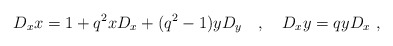
\begin{align*}D_x x=1+q^2 xD_x+(q^2-1) yD_y \quad ,\quad D_x y=qyD_x \ ,\end{align*}